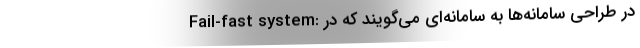
Fail-fast system: در طراحی سامانه‌ها به ساما‌نه‌ای می‌گویند که در